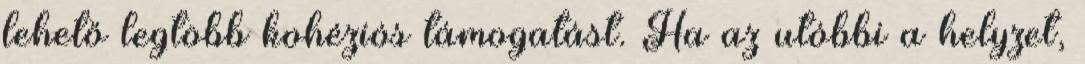
lehető legtöbb kohéziós támogatást. Ha az utóbbi a helyzet,